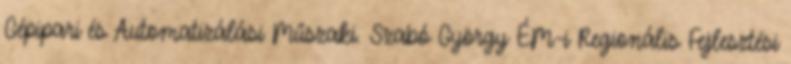
Gépipari és Automatizálási Műszaki. Szabó György ÉM-i Regionális Fejlesztési